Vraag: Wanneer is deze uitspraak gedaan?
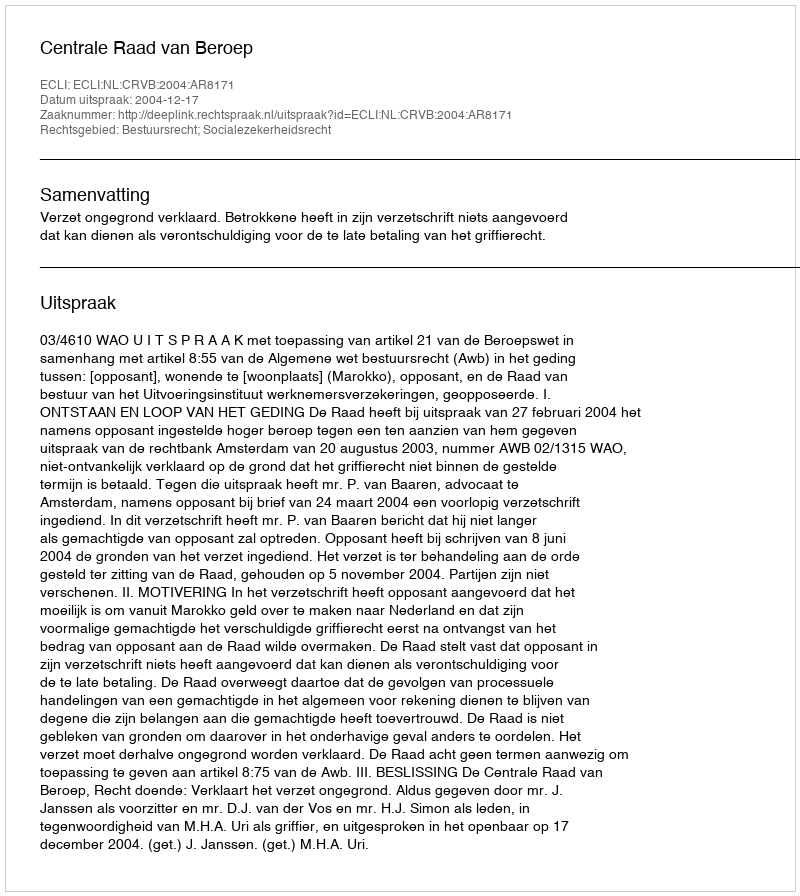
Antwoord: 2004-12-17